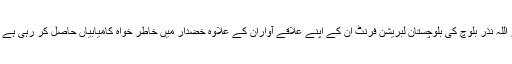
اطلاعات کے مطابق، اس وقت بلوچستان میں مقامی سطح پر علحیدگی پسند رہنما ڈاکٹر اللہ نذر بلوچ کی بلوچستان لبریشن فرنٹ ان کے اپنے علاقے آواران کے علاوہ خضدار میں خاطر خواہ کامیابیاں حاصل کر رہی ہے اور ان کے بیانات میں سی پیک کے خلاف تنقید میں شدت بڑھتی ہوئی نظر آ رہی ہے۔